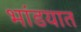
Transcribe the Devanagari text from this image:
भांडयात